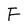
Character: F